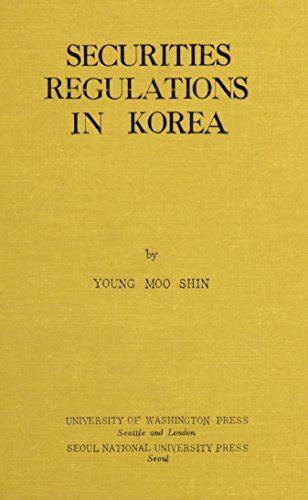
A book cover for Securities Regulation in Korea: Problems and Recommendations for Feasible Reforms (Americana Library (AL)); Young Shin; Law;